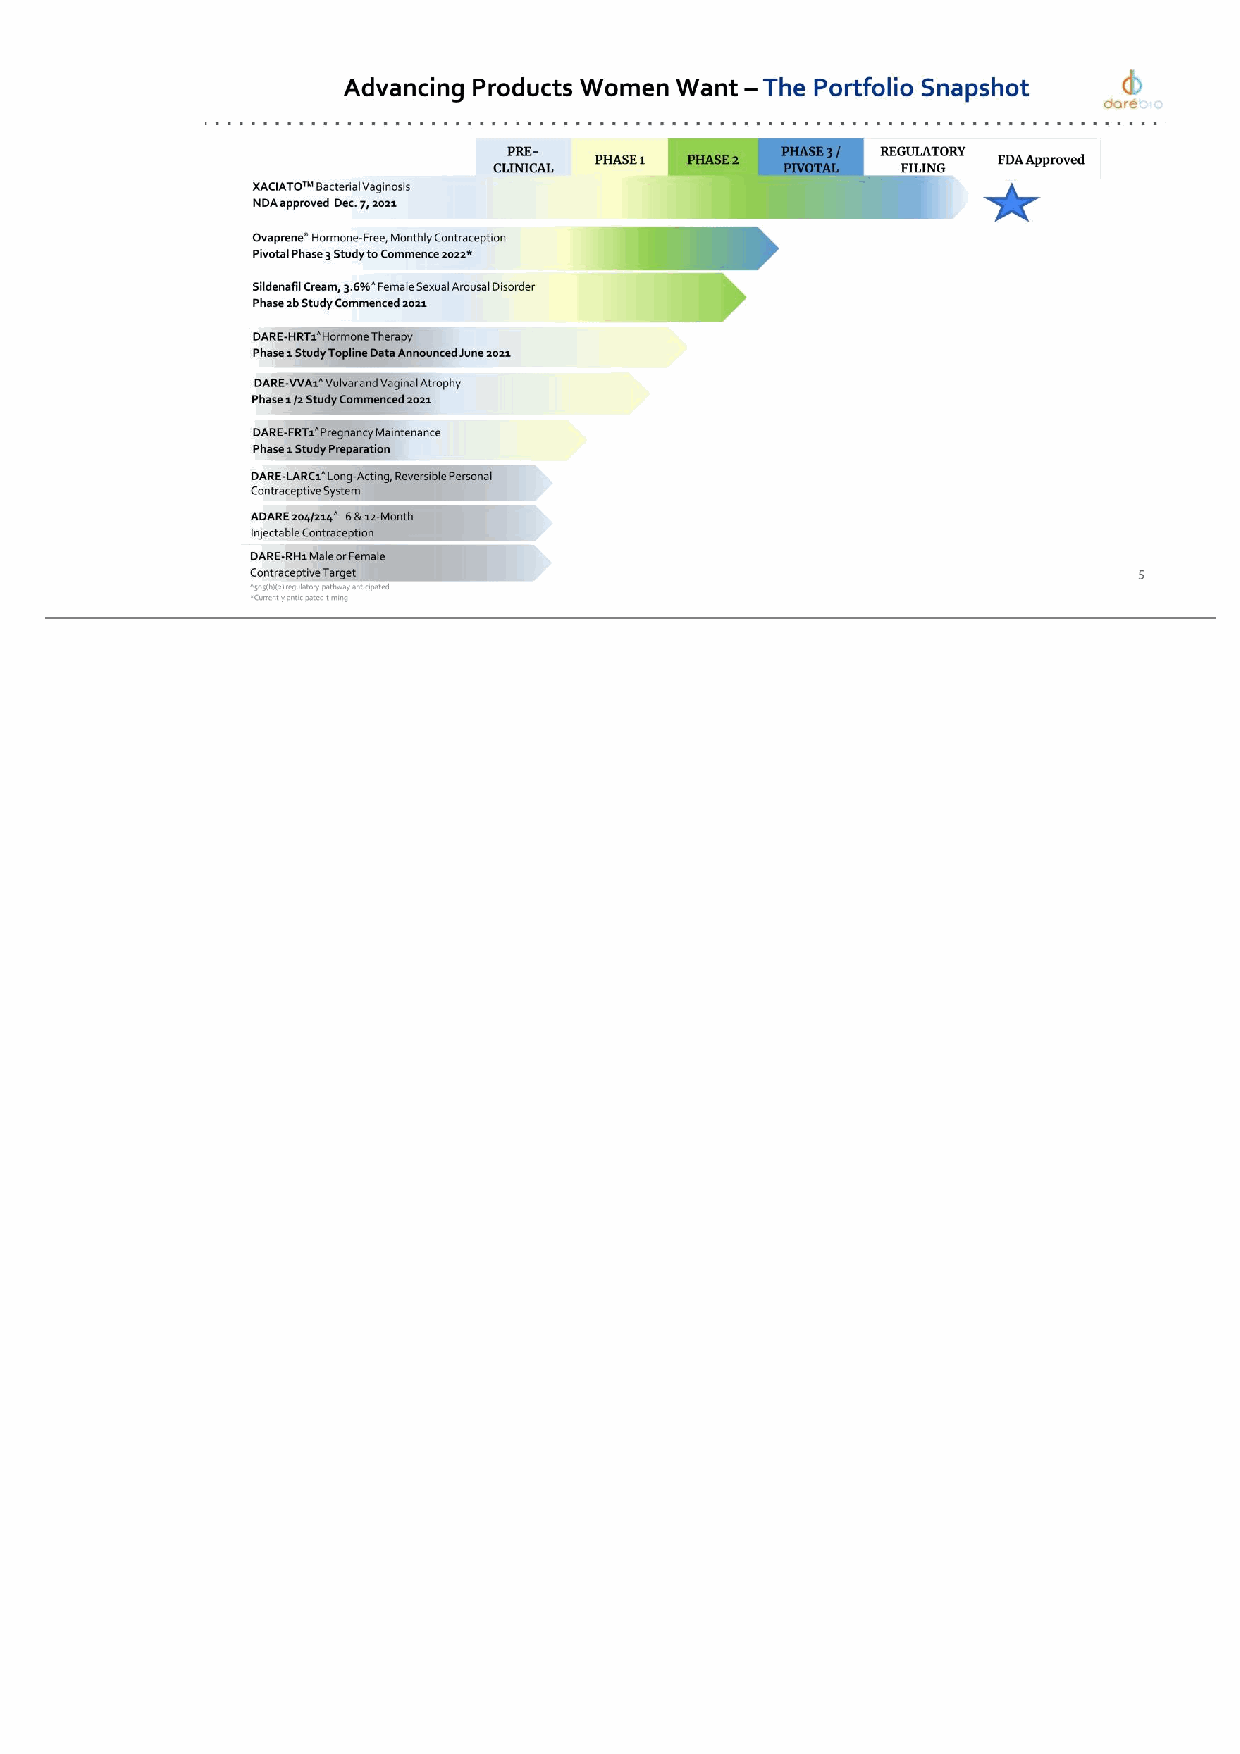
DARE-HRT1^ Hormone Therapy Phase 1 Study Topline Data Announced June 2021 DARE-FRT1^ Pregnancy Maintenance Phase 1 Study Preparation DARE-VVA1^ Vulvar and Vaginal Atrophy Phase 1 /2 Study Commenced 2021 DARE-LARC1^ Long-Acting, Reversible Personal Contraceptive System ADARE 204/214^ 6 & 12-Month Injectable Contraception ^505(b)(2) regulatory pathway anticipated. *Currently anticipated timing DARE-RH1 Male or Female Contraceptive Target Advancing Products Women Want – The Portfolio Snapshot PRE- CLINICAL PHASE 1 PHASE 2 PHASE 3 / PIVOTAL REGULATORY FILING FDA Approved XACIATOTM Bacterial Vaginosis NDA approved Dec. 7, 2021 Ovaprene® Hormone-Free, Monthly Contraception Pivotal Phase 3 Study to Commence 2022* Sildenafil Cream, 3.6% ^ Female Sexual Arousal Disorder Phase 2b Study Commenced 2021 5